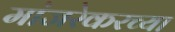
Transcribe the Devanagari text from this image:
मांजरेकरच्या